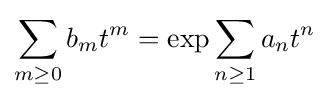
\sum _{m\geq 0}b_{m}t^{m}=\exp \sum _{n\geq 1}a_{n}t^{n}